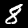
Label: 8